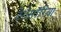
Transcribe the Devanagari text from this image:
टेरोसॉरिया